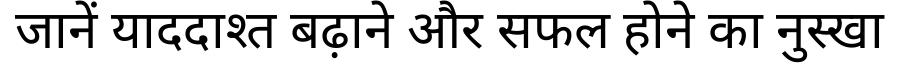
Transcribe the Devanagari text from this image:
जानें याददाश्त बढ़ाने और सफल होने का नुस्खा